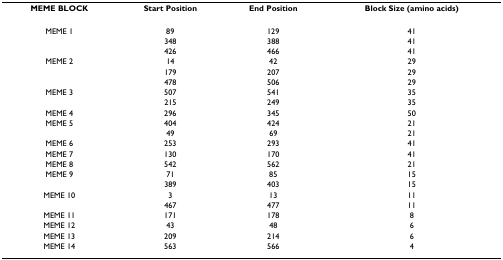
| MEME BLOCK | Start Position | End Position | Block Size (amino acids) |
 | --- | --- | --- | --- |
 | MEME 1 | 89 | 129 | 41 |
 |  | 348 | 388 | 41 |
 |  | 426 | 466 | 41 |
 | MEME 2 | 14 | 42 | 29 |
 |  | 179 | 207 | 29 |
 |  | 478 | 506 | 29 |
 | MEME 3 | 507 | 541 | 35 |
 |  | 215 | 249 | 35 |
 | MEME 4 | 296 | 345 | 50 |
 | MEME 5 | 404 | 424 | 21 |
 |  | 49 | 69 | 21 |
 | MEME 6 | 253 | 293 | 41 |
 | MEME 7 | 130 | 170 | 41 |
 | MEME 8 | 542 | 562 | 21 |
 | MEME 9 | 71 | 85 | 15 |
 |  | 389 | 403 | 15 |
 | MEME 10 | 3 | 13 | 11 |
 |  | 467 | 477 | 11 |
 | MEME 11 | 171 | 178 | 8 |
 | MEME 12 | 43 | 48 | 6 |
 | MEME 13 | 209 | 214 | 6 |
 | MEME 14 | 563 | 566 | 4 |